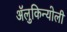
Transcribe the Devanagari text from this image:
ॲलुकिन्योली